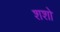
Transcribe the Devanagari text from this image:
शशो